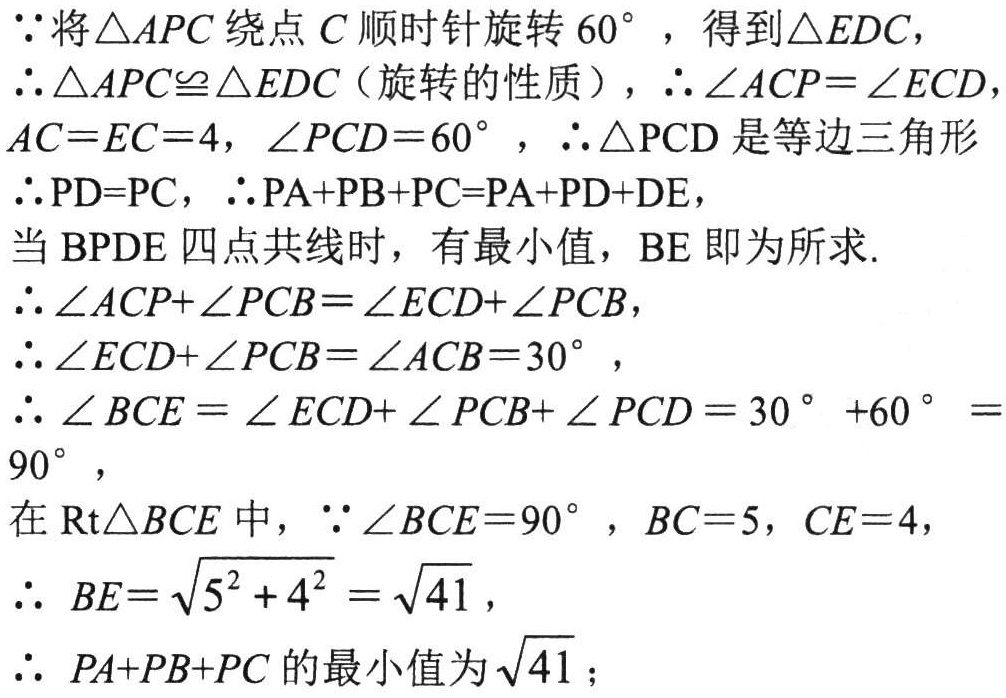
$\because$将$\triangle APC$绕点$C$顺时针旋转$60^{\circ}$，得到$\triangle EDC$，
$\therefore\triangle APC\cong\triangle EDC$（旋转的性质），$\therefore\angle ACP = \angle ECD$，$AC = EC = 4$，$\angle PCD = 60^{\circ}$，$\therefore\triangle \mathrm{PCD}$是等边三角形
$\therefore\mathrm{PD}=\mathrm{PC}$，$\therefore\mathrm{PA}+\mathrm{PB}+\mathrm{PC}=\mathrm{PA}+\mathrm{PD}+\mathrm{DE}$，
当$\mathrm{BPDE}$四点共线时，有最小值，$\mathrm{BE}$即为所求.
$\therefore\angle ACP+\angle PCB=\angle ECD+\angle PCB$，
$\therefore\angle ECD+\angle PCB=\angle ACB = 30^{\circ}$，
$\therefore\angle BCE=\angle ECD+\angle PCB+\angle PCD=30^{\circ}+60^{\circ}=90^{\circ}$，
在$\mathrm{Rt}\triangle BCE$中，$\because\angle BCE = 90^{\circ}$，$BC = 5$，$CE = 4$，
$\therefore\ BE=\sqrt{5^{2}+4^{2}}=\sqrt{41}$，
$\therefore\ PA + PB + PC$的最小值为$\sqrt{41}$；